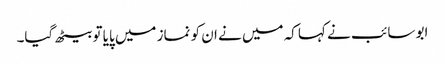
ابو سائب نے کہا کہ میں نے ان کو نماز میں پایا تو بیٹھ گیا۔